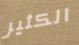
الكثير